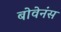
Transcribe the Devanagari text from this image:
बोवेनंस